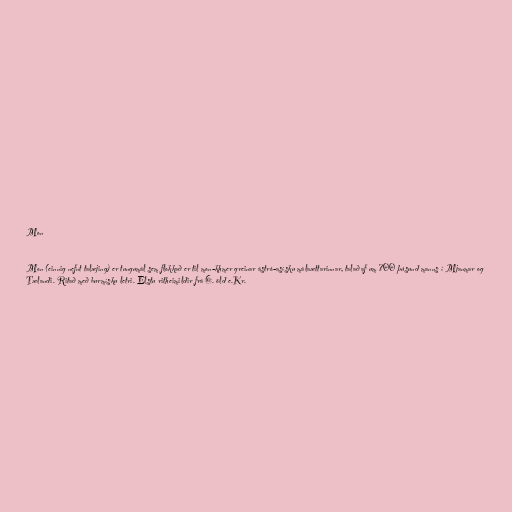
Mon

Mon (einnig nefnt talæjing) er tungumál sem flokkað er til mon-khmer greinar ástró-asísku málaættarinnar, talað af um 700 þúsund manns í Mjanmar og
Tælandi. Ritað með burmísku letri. Elstu ritheimildir frá 6. öld e.Kr.